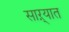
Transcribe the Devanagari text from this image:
साऱ्यात